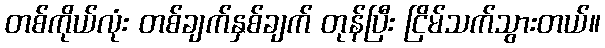
တစ်ကိုယ်လုံး တစ်ချက်နှစ်ချက် တုန်ပြီး ငြိမ်သက်သွားတယ်။